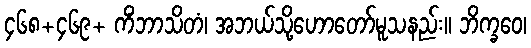
၄၆၈+၄၆၉+ ကိံဘာသိတံ၊ အဘယ်သို့ဟောတော်မူသနည်း။ ဘိက္ခဝေ၊